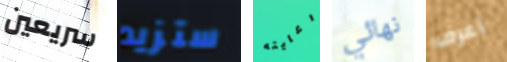
سريعين ستزيد رعايته نهائي أعرف